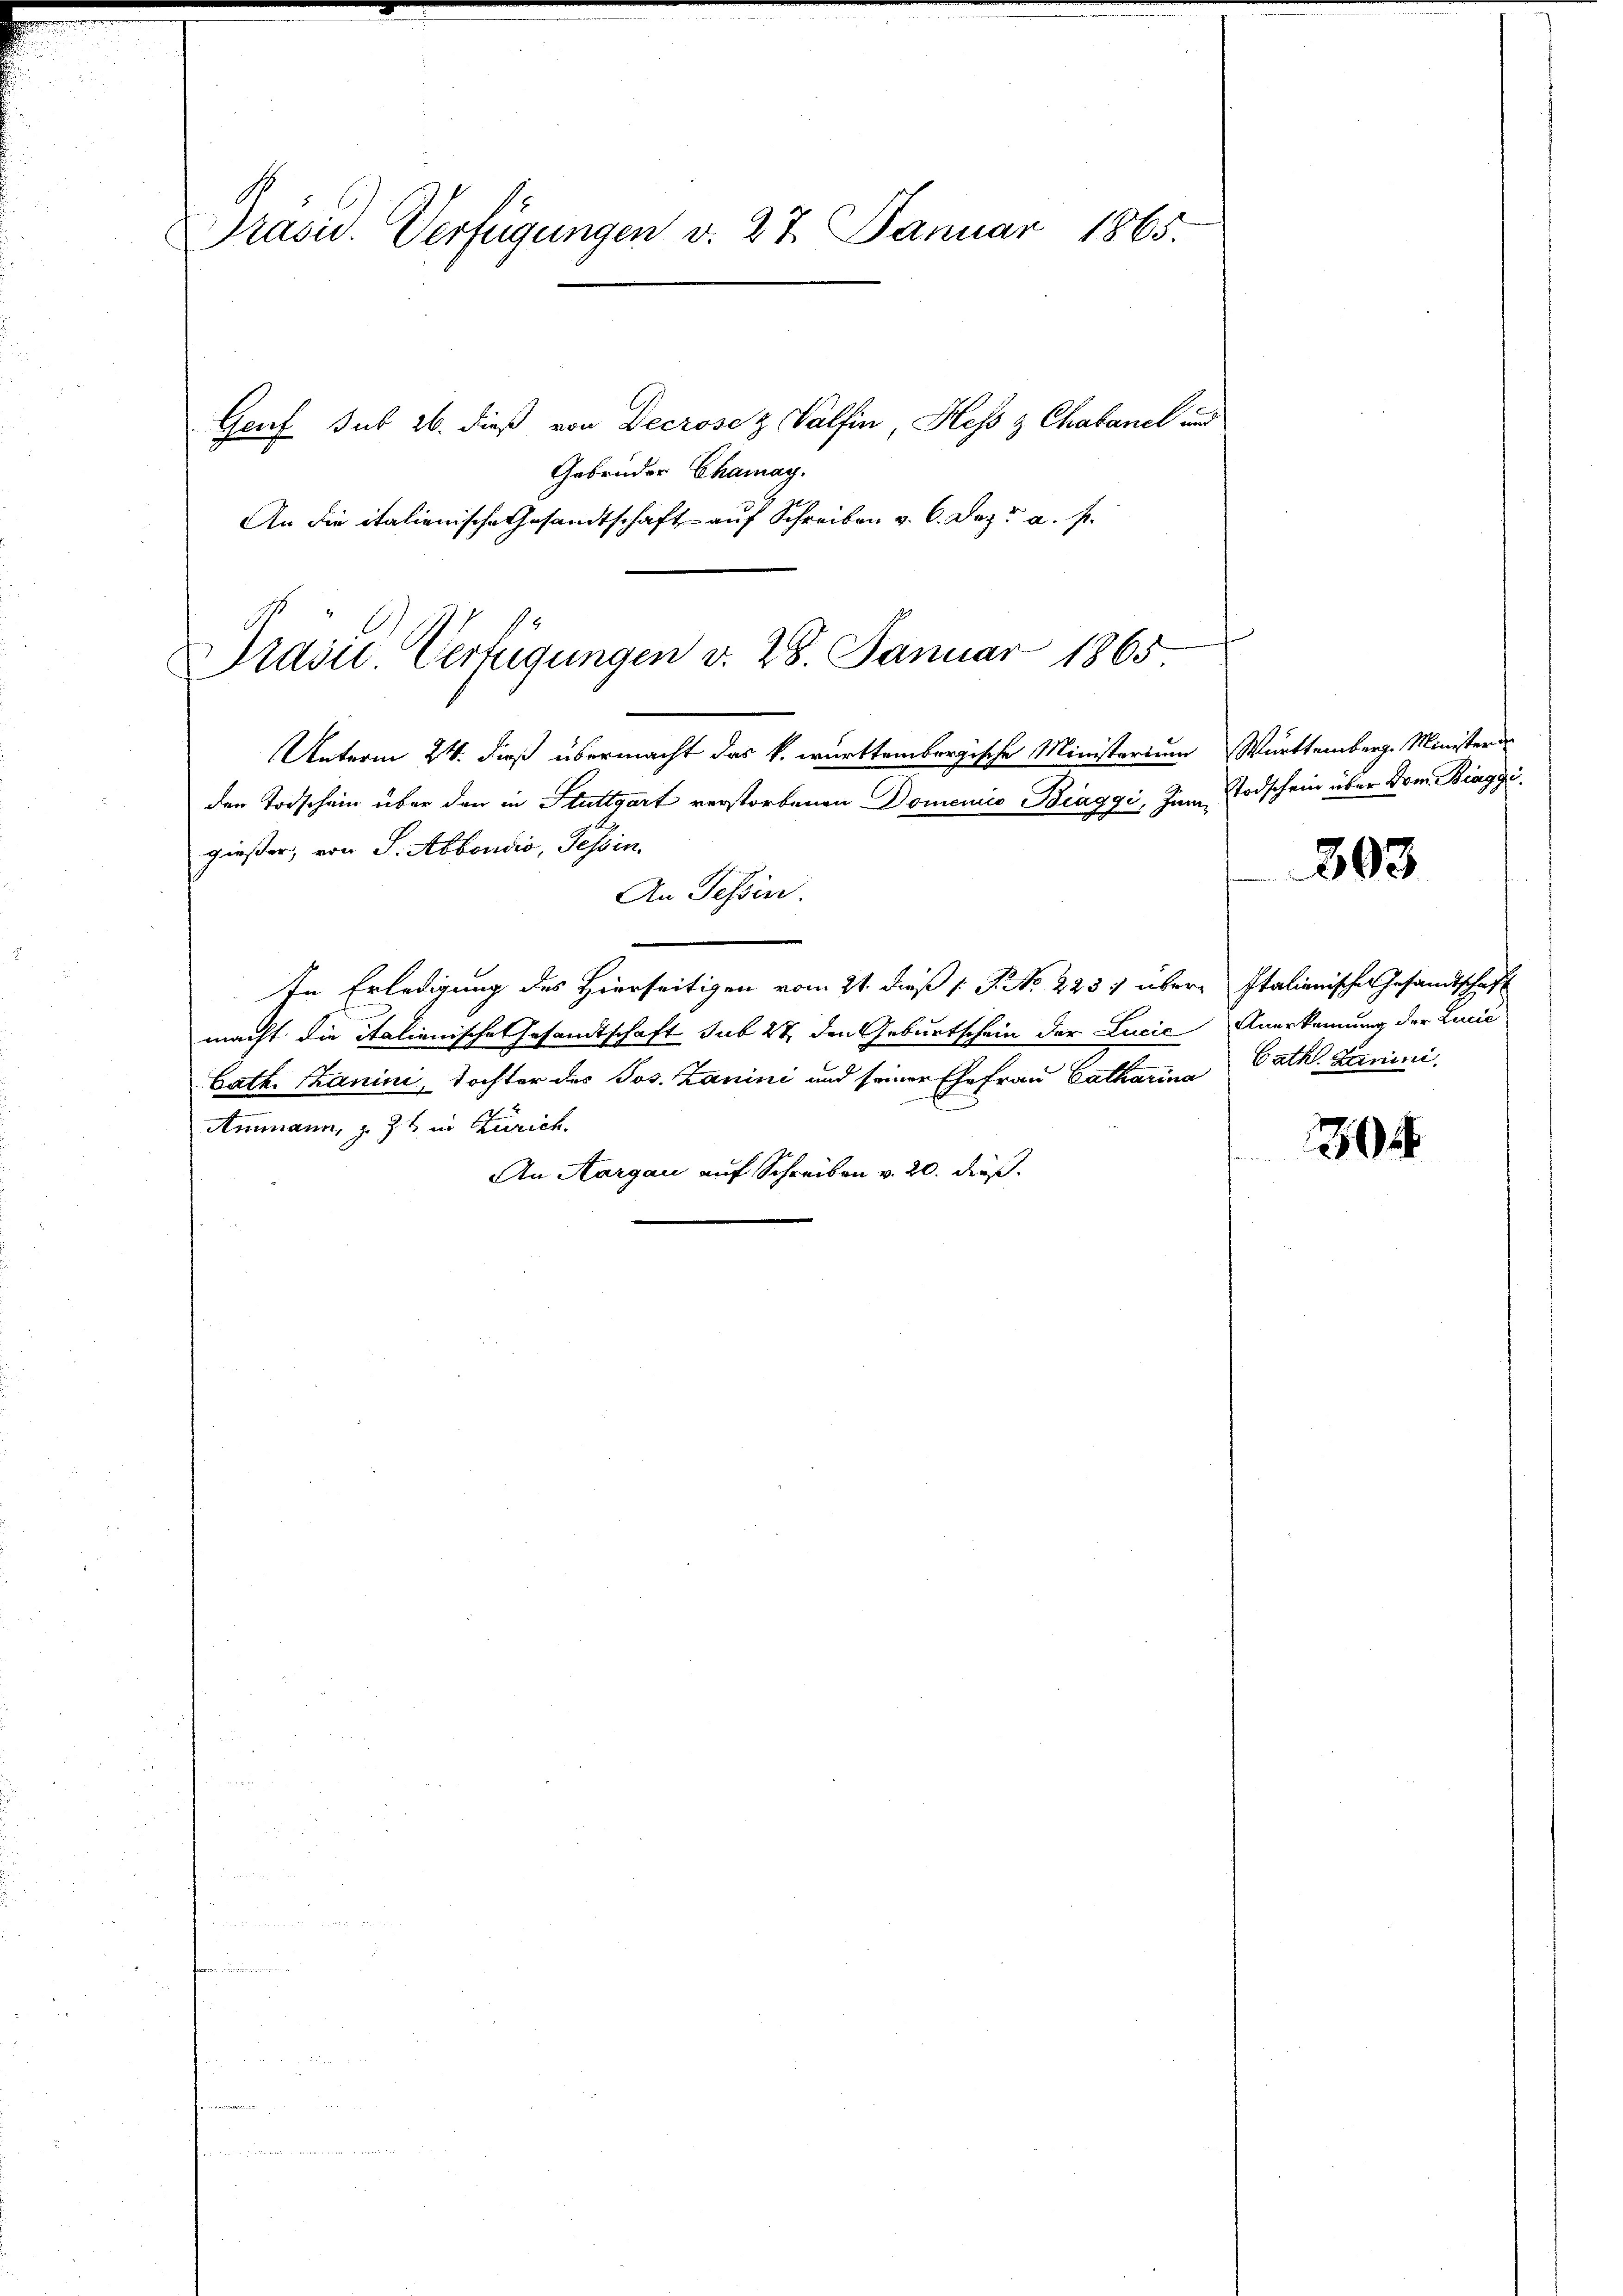
Präsid. Verfügungen v. 27. Januar 1865.

Genf sub 26. dieß von Decrosez Valfin, Hess z Chabanel and
Gebrüder Chamay.
An die italienische Gesandtschaft auf Schreiben v. 6. Dez. a. s.

Präsid. Verfügungen v. 28. Januar 1865

Unterm 24. dieß übermacht das k. württembergische Ministerium Württemberg. Ministeri
den Todschein über den in Stuttgart verstorbenen Domenico Biaggi, Jungießer, von J. Abbondić, Tessin
An Tessin.
In Erledigung des Hierseitigen vom 21. dieß P. No. 2237 über Italienisches Gesandtschaft
macht die italienische Gesandtschaft sub 27 den Geburtschein der Lucić Anerkennung der Lucić
bath. Kanini, Tochter des Jos. Zanini und seiner Ehefrau Catharina Path. Lamini
Ammann, z. Zt. in Zürich.
An Aargau auf Schreiben v. 20. dieß.

Todschein über vom Biaggi.

303

30